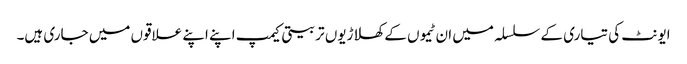
ایونٹ کی تیاری کے سلسلہ میں ان ٹیموں کے کھلاڑیوں تربیتی کیمپ اپنے اپنے علاقوں میں جاری ہیں۔